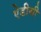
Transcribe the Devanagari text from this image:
ऐडीसी